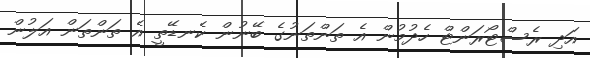
އަދި ރެސްޓޯރަންޓް ހެދުމުން އެ ތަންތަނުގެ ބޭނުން ކެނޑޭތީ އެ ތަންތަން އަލުން